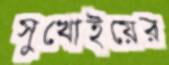
সুখোইয়ের